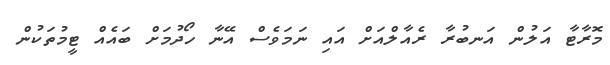
މޮރާޓާ އަލުން އަނބުރާ ރެއާލްއަށް އައި ނަމަވެސް އޭނާ ހޯދުމަށް ބައެއް ޓީމުތަކުން